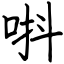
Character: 唞